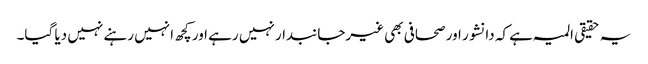
یہ حقیقی المیہ ہے کہ دانشور اور صحافی بھی غیرجانبدار نہیں رہے اور کچھ انہیں رہنے نہیں دیا گیا۔